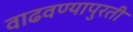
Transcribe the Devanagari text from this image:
वाढवण्यापुरती